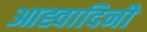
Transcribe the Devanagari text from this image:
आह्वादिनी